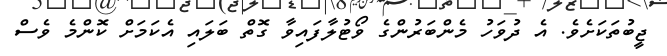
ޖީބުތަކަށެވެ. އެ ދުވަހު މެންބަރުންގެ ވޯޓުލާފައިވާ ގޮތް ބަލައި އެކަމަށް ކޮންމެ ވެސް